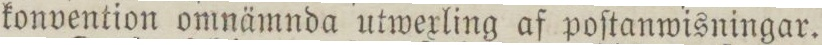
konvention omnämnda utwexling af poſtanwisningar.